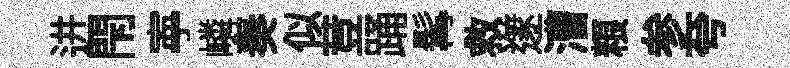
进閇寕嶙奏似荳踊髯救𨗹漕粮参夸